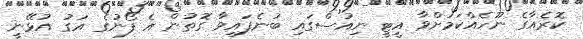
ކޮރެއާގެ ނޫހެއްކަމަށްވާ އީޓީ ނިއުސްގައި ބުނެފައިވާ ގޮތުން އެ ފޯނުގެ އަގު އުޅޭނީ